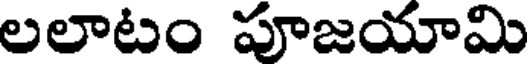
లలాటం పూజయామి